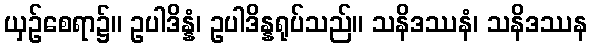
ယှဉ်စေရာ၌။ ဥပါဒိန္နံ၊ ဥပါဒိန္နရုပ်သည်။ သနိဒဿနံ၊ သနိဒဿန